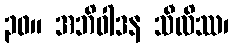
၃၀။ အဘိဝါဒန သီလိဿ၊